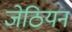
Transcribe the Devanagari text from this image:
जेठियन